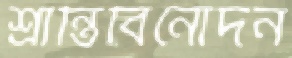
শ্রান্তিবিনোদন